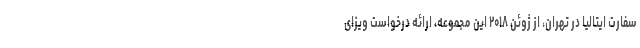
سفارت ایتالیا در تهران، از ژوئن ۲۰۱۸ این مجموعه، ارائه درخواست ویزای